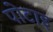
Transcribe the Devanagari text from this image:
पोटाइ